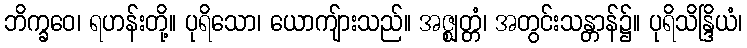
ဘိက္ခဝေ၊ ရဟန်းတို့။ ပုရိသော၊ ယောကျ်ားသည်။ အဇ္ဈတ္တံ၊ အတွင်းသန္တာန်၌။ ပုရိသိန္ဒြိယံ၊